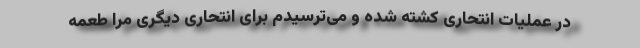
در عملیات انتحاری کشته شده و می‌ترسیدم برای انتحاری دیگری مرا طعمه